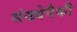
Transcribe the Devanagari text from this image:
संख्येपैकी